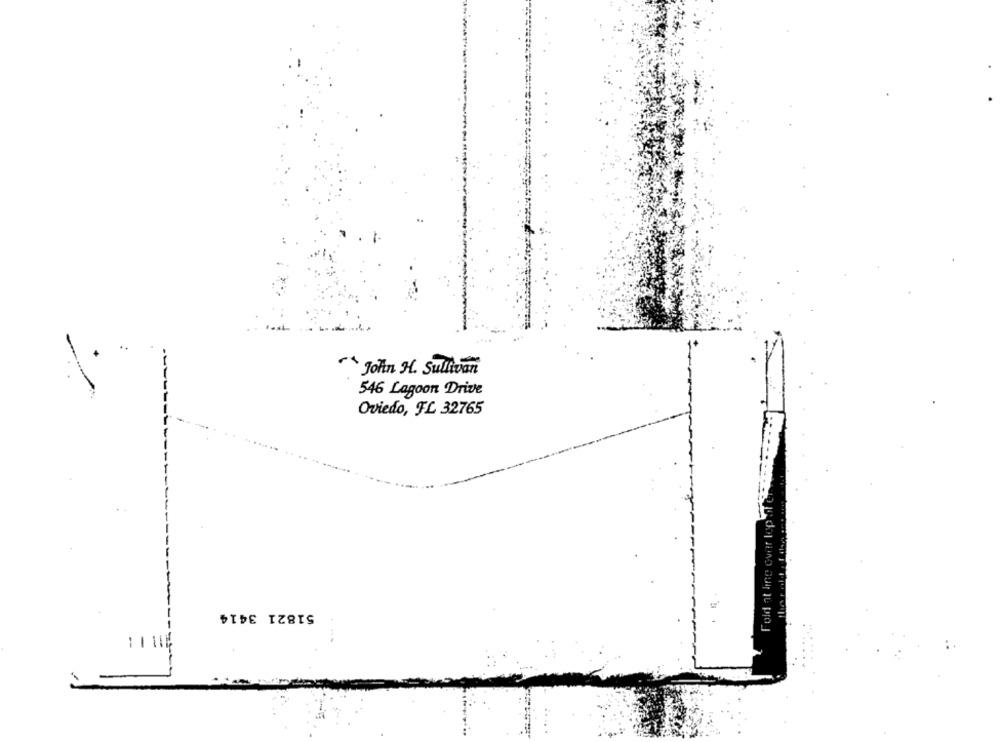
John H. Sullivan
546 Lagoon Drive
Oviedo, FL 32765
Fold at ling ov
51821 3414
1111%